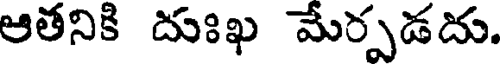
ఆతనికి దుఃఖ మేర్పడదు.